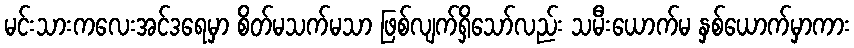
မင်းသားကလေးအင်ဒရေမှာ စိတ်မသက်မသာ ဖြစ်လျက်ရှိသော်လည်း သမီးယောက်မ နှစ်ယောက်မှာကား